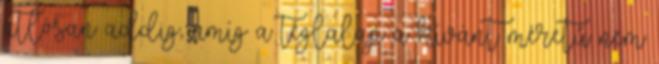
átlósan addig, amíg a téglalap a kívánt méretű nem